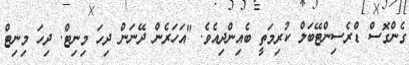
ގެންގޮސް ޑްރެސިންޓޭބަލް ކުރިމަތީ ބެއިންދިއެވެ. "އަހަރެން ދޭނަން ދިހަ މިނިޓް. ދިހަ މިނިޓް